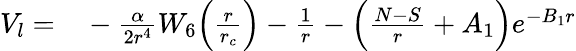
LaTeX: \begin{array}{rl}{V_{l}=}&{{}-\frac{\alpha}{2r^{4}}W_{6}\Big(\frac{r}{r_{c}}\Big)-\frac{1}{r}-\Big(\frac{N-S}{r}+A_{1}\Big)e^{-B_{1}r}}\end{array}